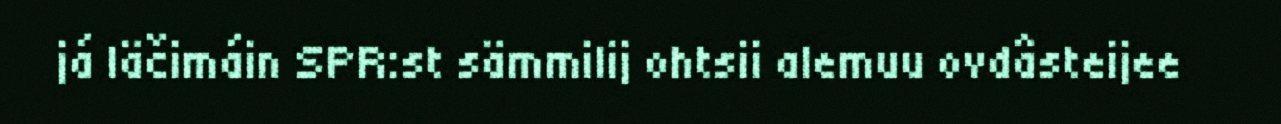
já läčimáin SPR:st sämmilij ohtsii alemuu ovdâsteijee